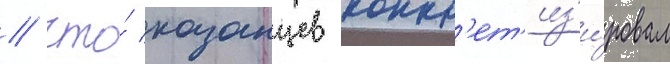
/ что́ казанцев конкр'ет'из'и́ровал